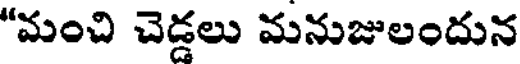
"మంచి చెడ్డలు మనుజులందున